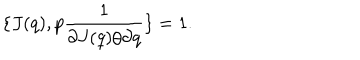
\{ J ( q ) , p { \frac { 1 } { \partial J ( q ) / \partial q } } \} = 1 .